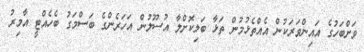
ވަށްބަހުގެ އައިންވަރަކުން އެއްތެޅުމުން ތަޅާ ބަލިކޮށްލާ އުސޫލުން އަހަރެންގެ ބަސްމަގު ބެހެއްޓީ އާމިރު